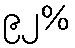
၉၂%